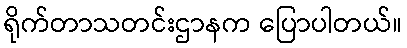
ရိုက်တာသတင်းဌာနက ပြောပါတယ်။